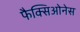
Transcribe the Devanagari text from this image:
फैक्सिओनेस